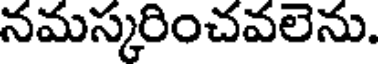
నమస్కరించవలెను.